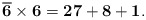
\begin{align*}\mathbf{\overline{6} \times 6 = 27 + 8 + 1.}\end{align*}